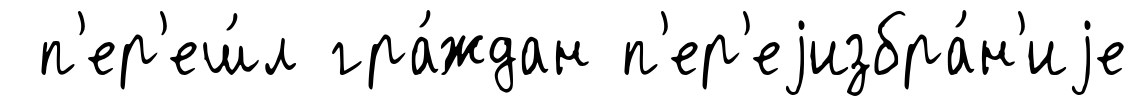
п'ер'еш́л гра́ждан п'ер'еjизбра́н'иjе